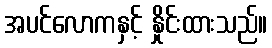
အပင်လောကနှင့် နှိုင်းထားသည်။